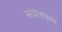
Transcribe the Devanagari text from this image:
सोवेत्सकाया